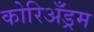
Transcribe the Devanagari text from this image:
कोरिअँड्रम